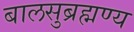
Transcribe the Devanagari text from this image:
बालसुब्रह्मण्य